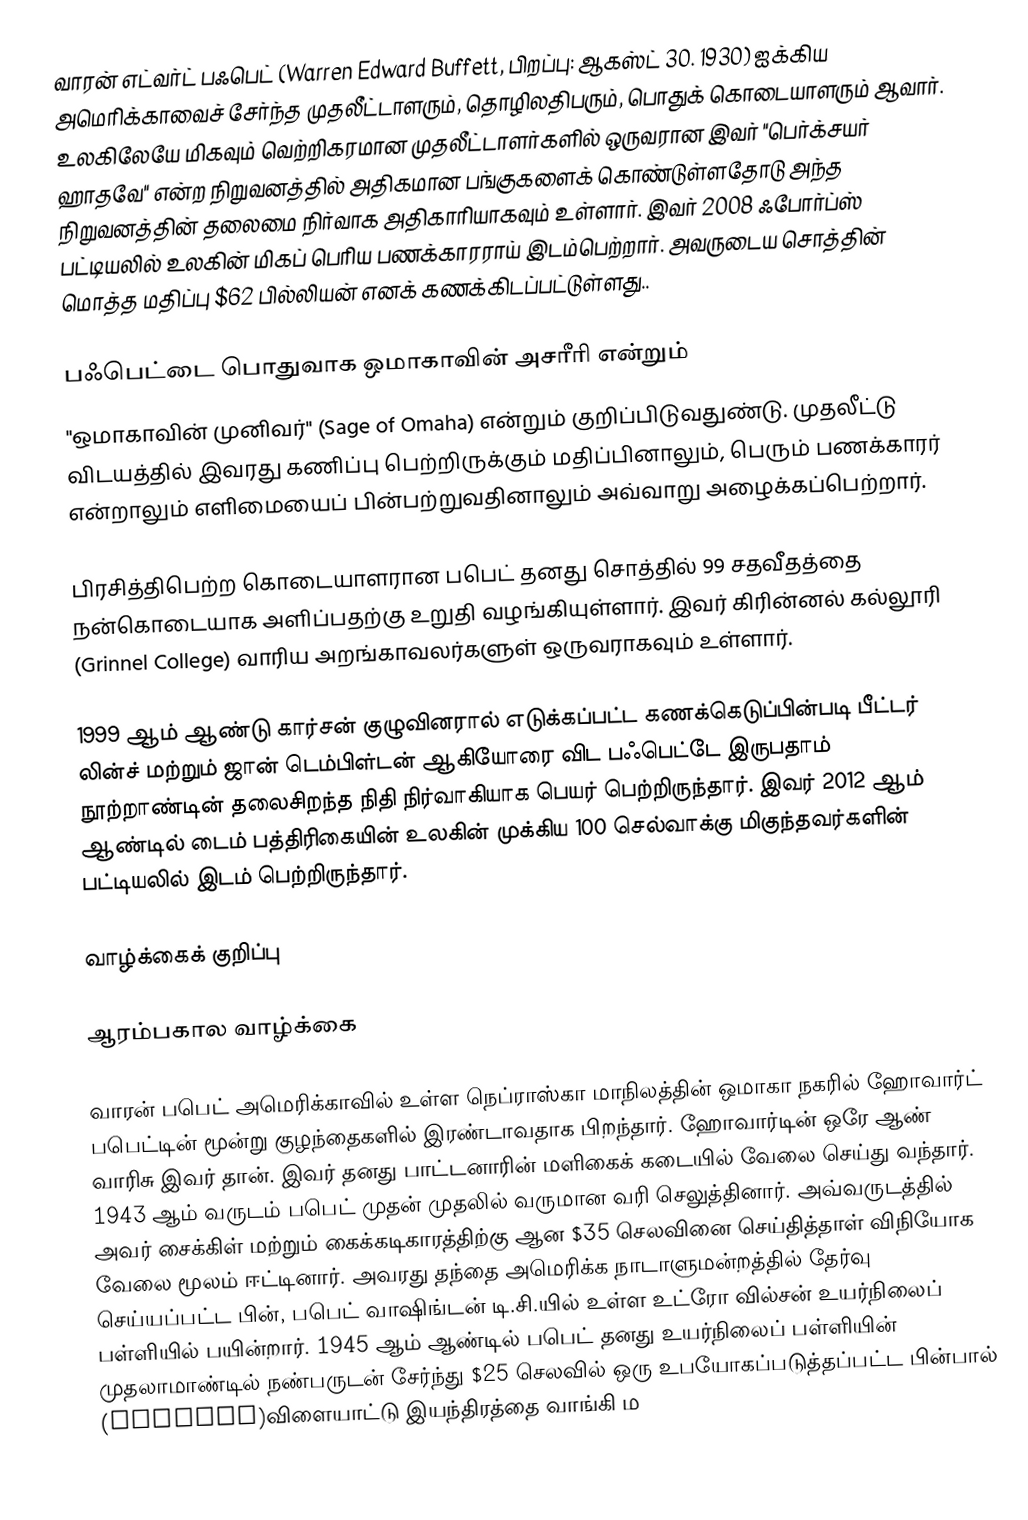
வாரன் எட்வர்ட் பஃபெட் (Warren Edward Buffett, பிறப்பு: ஆகஸ்ட் 30. 1930) ஐக்கிய அமெரிக்காவைச் சேர்ந்த முதலீட்டாளரும், தொழிலதிபரும், பொதுக் கொடையாளரும் ஆவார். உலகிலேயே மிகவும் வெற்றிகரமான முதலீட்டாளர்களில் ஒருவரான இவர் "பெர்க்சயர் ஹாதவே" என்ற நிறுவனத்தில் அதிகமான பங்குகளைக் கொண்டுள்ளதோடு அந்த நிறுவனத்தின் தலைமை நிர்வாக அதிகாரியாகவும் உள்ளார். இவர் 2008 ஃபோர்ப்ஸ் பட்டியலில் உலகின் மிகப் பெரிய பணக்காரராய் இடம்பெற்றார். அவருடைய சொத்தின் மொத்த மதிப்பு $62 பில்லியன் எனக் கணக்கிடப்பட்டுள்ளது..

பஃபெட்டை பொதுவாக ஒமாகாவின் அசரீரி என்றும்
"ஒமாகாவின் முனிவர்" (Sage of Omaha) என்றும் குறிப்பிடுவதுண்டு. முதலீட்டு விடயத்தில் இவரது கணிப்பு பெற்றிருக்கும் மதிப்பினாலும், பெரும் பணக்காரர் என்றாலும் எளிமையைப் பின்பற்றுவதினாலும் அவ்வாறு அழைக்கப்பெற்றார்.

பிரசித்திபெற்ற கொடையாளரான பபெட் தனது சொத்தில் 99 சதவீதத்தை நன்கொடையாக அளிப்பதற்கு உறுதி வழங்கியுள்ளார். இவர் கிரின்னல் கல்லூரி (Grinnel College) வாரிய அறங்காவலர்களுள் ஒருவராகவும் உள்ளார்.

1999 ஆம் ஆண்டு கார்சன் குழுவினரால் எடுக்கப்பட்ட கணக்கெடுப்பின்படி பீட்டர் லின்ச் மற்றும் ஜான் டெம்பிள்டன் ஆகியோரை விட பஃபெட்டே இருபதாம் நூற்றாண்டின் தலைசிறந்த நிதி நிர்வாகியாக பெயர் பெற்றிருந்தார். இவர் 2012 ஆம் ஆண்டில் டைம் பத்திரிகையின் உலகின் முக்கிய 100 செல்வாக்கு மிகுந்தவர்களின் பட்டியலில் இடம் பெற்றிருந்தார்.

வாழ்க்கைக் குறிப்பு

ஆரம்பகால வாழ்க்கை

வாரன் பபெட் அமெரிக்காவில் உள்ள நெப்ராஸ்கா மாநிலத்தின் ஒமாகா நகரில் ஹோவார்ட் பபெட்டின் மூன்று குழந்தைகளில் இரண்டாவதாக பிறந்தார். ஹோவார்டின் ஒரே ஆண் வாரிசு இவர் தான். இவர் தனது பாட்டனாரின் மளிகைக் கடையில் வேலை செய்து வந்தார். 1943 ஆம் வருடம் பபெட் முதன் முதலில் வருமான வரி செலுத்தினார். அவ்வருடத்தில் அவர் சைக்கிள் மற்றும் கைக்கடிகாரத்திற்கு ஆன $35 செலவினை செய்தித்தாள் விநியோக வேலை மூலம் ஈட்டினார். அவரது தந்தை அமெரிக்க நாடாளுமன்றத்தில் தேர்வு செய்யப்பட்ட பின், பபெட் வாஷிங்டன் டி.சி.யில் உள்ள உட்ரோ வில்சன் உயர்நிலைப் பள்ளியில் பயின்றார். 1945 ஆம் ஆண்டில் பபெட் தனது உயர்நிலைப் பள்ளியின் முதலாமாண்டில் நண்பருடன் சேர்ந்து $25 செலவில் ஒரு உபயோகப்படுத்தப்பட்ட பின்பால் (pinball)விளையாட்டு இயந்திரத்தை வாங்கி ம